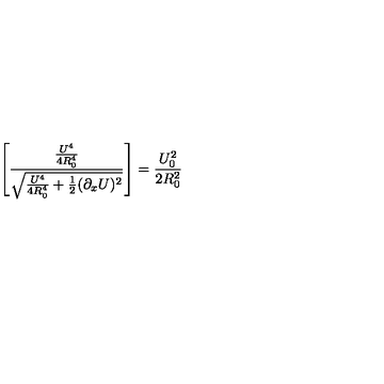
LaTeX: \left[ { \frac { \frac { U ^ { 4 } } { 4 R _ { 0 } ^ { 4 } } } { \sqrt { { \frac { U ^ { 4 } } { 4 R _ { 0 } ^ { 4 } } } + { \frac { 1 } { 2 } } ( \partial _ { x } U ) ^ { 2 } } } } \right] = { \frac { U _ { 0 } ^ { 2 } } { 2 R _ { 0 } ^ { 2 } } }